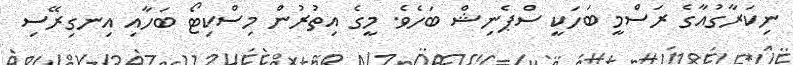
ނިކަރާގުއާގެ ރަސްމީ ބަހަކީ ސްޕެނިޝް ބަހެވެ. މީގެ އިތުރުން މިސްކިޓޯ ބަހާއި އިނގިރޭސި